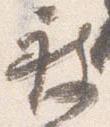
被